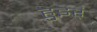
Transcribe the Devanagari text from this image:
हुइर्ं